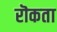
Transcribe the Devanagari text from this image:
रॊकता